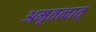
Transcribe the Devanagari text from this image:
अमृतत्वात्